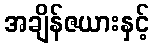
အချိန်ဇယားနှင့်